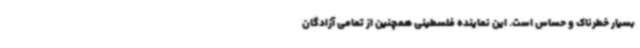
بسیار خطرناک و حساس است. این نماینده فلسطینی همچنین از تمامی آزادگان